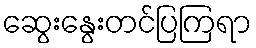
ဆွေးနွေးတင်ပြကြရာ